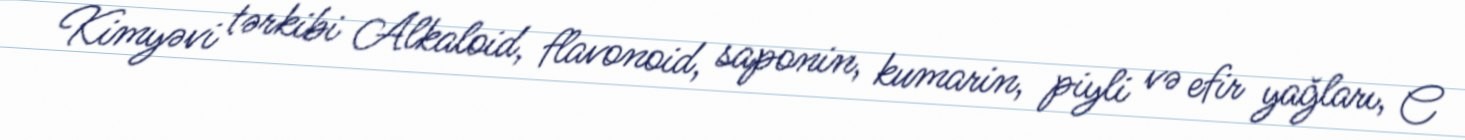
Kimyəvi tərkibi Alkaloid, flavonoid, saponin, kumarin, piyli və efir yağları, C